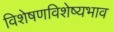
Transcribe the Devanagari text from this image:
विशेषणविशेष्यभाव